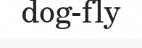
dog-fly